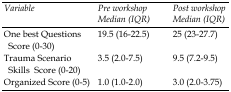
<table><thead><tr><td><b><i>Variable</i></b></td><td><b><i>Pre workshop</i><i>Median (IQR)</i></b></td><td><b><i>Post workshop</i><i>Median (IQR) </i></b></td></tr></thead><tbody><tr><td>One best Questions Score (0-30)</td><td>19.5 (16-22.5)</td><td>25 (23-27.7)</td></tr><tr><td>Trauma Scenario Skills Score (0-20)</td><td>3.5 (2.0-7.5)</td><td>9.5 (7.2-9.5)</td></tr><tr><td>Organized Score (0-5)</td><td>1.0 (1.0-2.0)</td><td>3.0 (2.0-3.75)</td></tr></tbody></table>